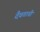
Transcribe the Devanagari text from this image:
दैवताची